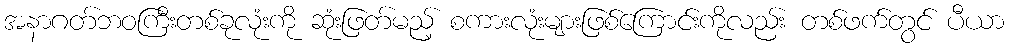
အနာဂတ်ဘဝကြီးတစ်ခုလုံးကို ဆုံးဖြတ်မည့် စကားလုံးများဖြစ်ကြောင်းကိုလည်း တစ်ဖက်တွင် ပီယာ